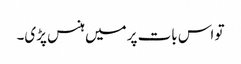
تو اس بات پر میں ہنس پڑی۔